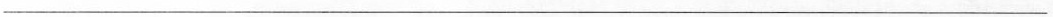
___